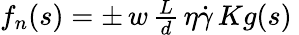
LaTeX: \begin{array}{r}{f_{n}(s)=\pm\, w\, \frac{L}{d}\, \eta\dot{\gamma}\, Kg(s)\ }\end{array}